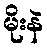
မိုးနဲ